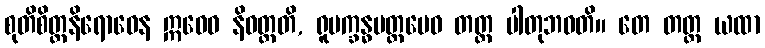
စုတိစိတ္တနိရောဓေန ဣဓေဝ နိဝတ္တတိ, ရူပက္ခန္ဓမတ္တမေဝ တတ္ထ ပါတုဘဝတိ။ တေ တတ္ထ ယထာ